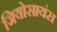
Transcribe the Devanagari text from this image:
जियोसायंस